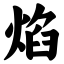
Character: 焰